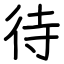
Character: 待